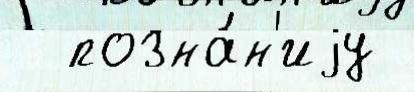
  позна́н'иjу